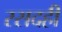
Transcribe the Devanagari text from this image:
रसदही